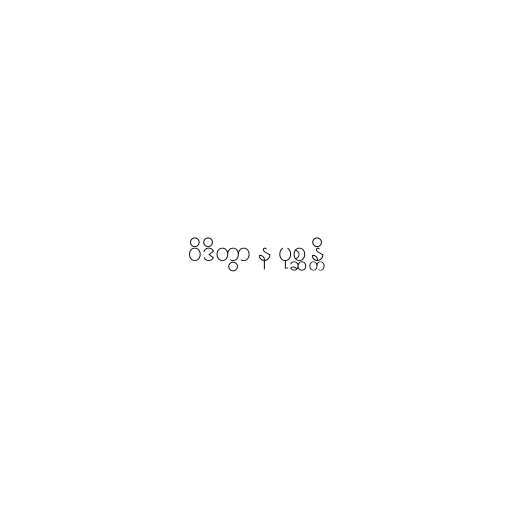
ဝိဒိတွာ န ပုစ္ဆန္တိ